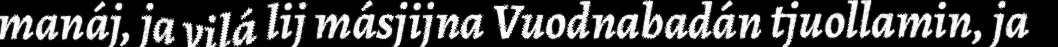
manáj, ja vilá lij másjijna Vuodnabadán tjuollamin, ja